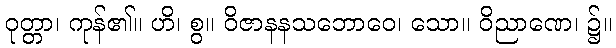
ဝုတ္တာ၊ ကုန်၏။ ဟိ၊ စွ။ ဝိဇာနနသဘောဝေ၊ သော။ ဝိညာဏေ၊ ၌။